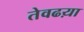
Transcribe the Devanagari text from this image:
तेवढय़ा